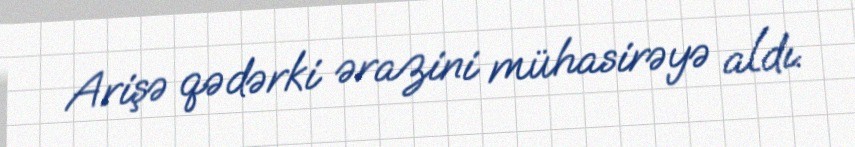
Arişə qədərki ərazini mühasirəyə aldı.